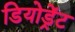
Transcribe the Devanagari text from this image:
डियोड्रेंट